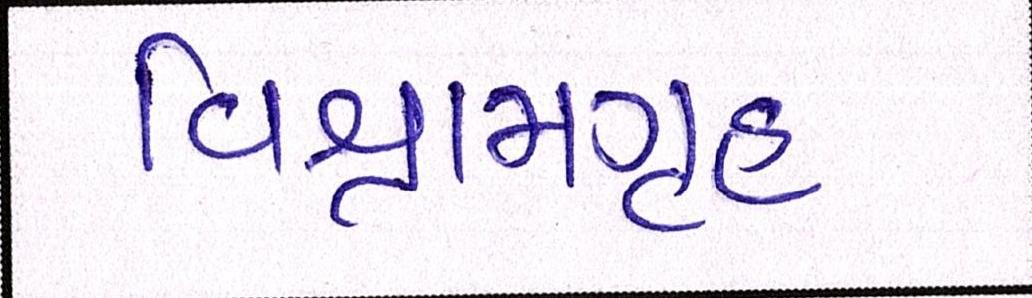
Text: વિશ્રામગૃહ